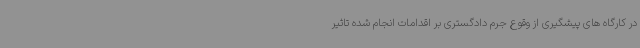
در کارگاه های پیشگیری از وقوع جرم دادگستری بر اقدامات انجام شده تاثیر